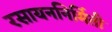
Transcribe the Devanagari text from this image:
रसायननिर्मिती